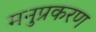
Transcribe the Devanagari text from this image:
मनुप्रकरण